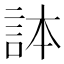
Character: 𧦹